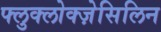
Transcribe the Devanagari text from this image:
फ्लुक्लोक्ज़ेसिलिन